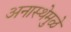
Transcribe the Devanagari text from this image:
अनास्थेमुळे